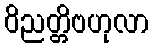
ဝိညတ္တိဗဟုလာ